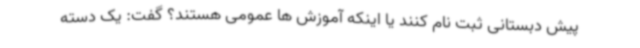
پیش دبستانی ثبت نام کنند یا اینکه آموزش ها عمومی هستند؟ گفت: یک دسته